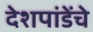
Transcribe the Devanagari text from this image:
देशपांडेंचे